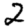
Digit: 2